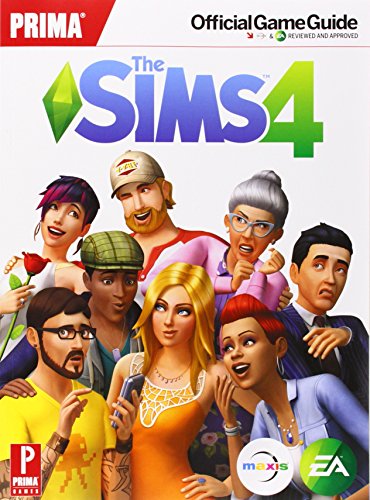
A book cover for The Sims 4: Prima Official game Guide (Prima Official Game Guides); Prima Games; Computers & Technology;